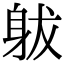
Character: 𨈩